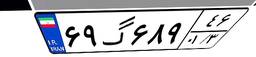
۶۹گ۶۸۹۴۶